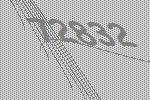
72832